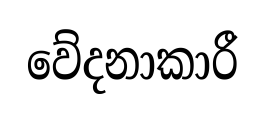
වේදනාකාරී